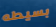
بسيطه